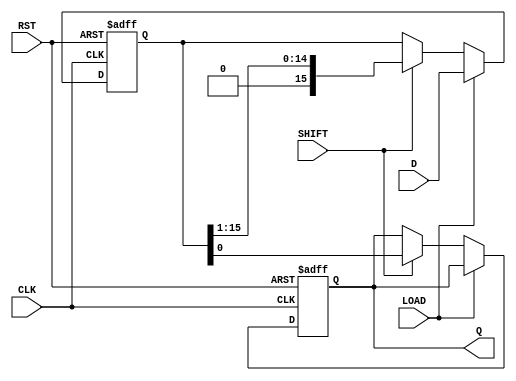
module PISO_Register (
    input wire [15:0] D,      // 16-bit data input
    input wire LOAD,          // Load control signal
    input wire SHIFT,         // Shift control signal
    input wire CLK,           // Clock signal
    input wire RST,           // Asynchronous reset signal
    output reg Q              // Serial output
);

    reg [15:0] shift_reg;     // 16-bit shift register

    always @(posedge CLK or posedge RST) begin
        if (RST) begin
            // Asynchronous reset
            shift_reg <= 16'b0;
            Q <= 1'b0;         // Reset serial output
        end else begin
            if (LOAD) begin
                // Load data into shift register
                shift_reg <= D;
            end else if (SHIFT) begin
                // Shift operation
                Q <= shift_reg[0]; // Output the least significant bit
                shift_reg <= {1'b0, shift_reg[15:1]}; // Shift right
            end
        end
    end

endmodule